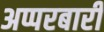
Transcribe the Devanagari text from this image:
अप्परबारी